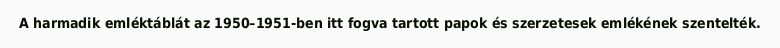
A harmadik emléktáblát az 1950–1951-ben itt fogva tartott papok és szerzetesek emlékének szentelték.